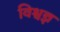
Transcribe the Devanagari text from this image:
विश्वज्ञ